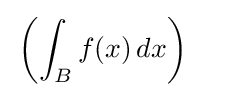
{\begin{aligned}&\left(\int _{B}f(x)\,dx\right)\end{aligned}}